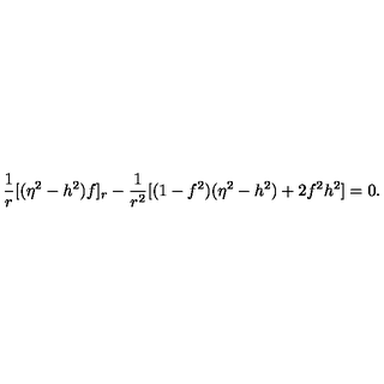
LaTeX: \frac { 1 } { r } [ ( \eta ^ { 2 } - h ^ { 2 } ) f ] _ { r } - \frac { 1 } { r ^ { 2 } } [ ( 1 - f ^ { 2 } ) ( \eta ^ { 2 } - h ^ { 2 } ) + 2 f ^ { 2 } h ^ { 2 } ] = 0 .